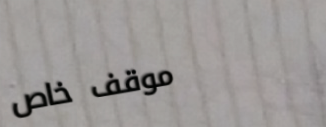
موقف خاص